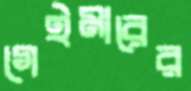
গেইমারের